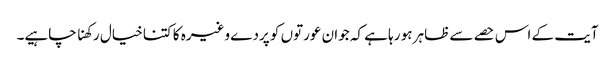
آیت کے اس حصے سے ظاہر ہو رہا ہے کہ جوان عورتوں کو پردے وغیرہ کا کتنا خیال رکھنا چاہیے۔